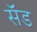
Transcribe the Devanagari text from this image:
सॅंड